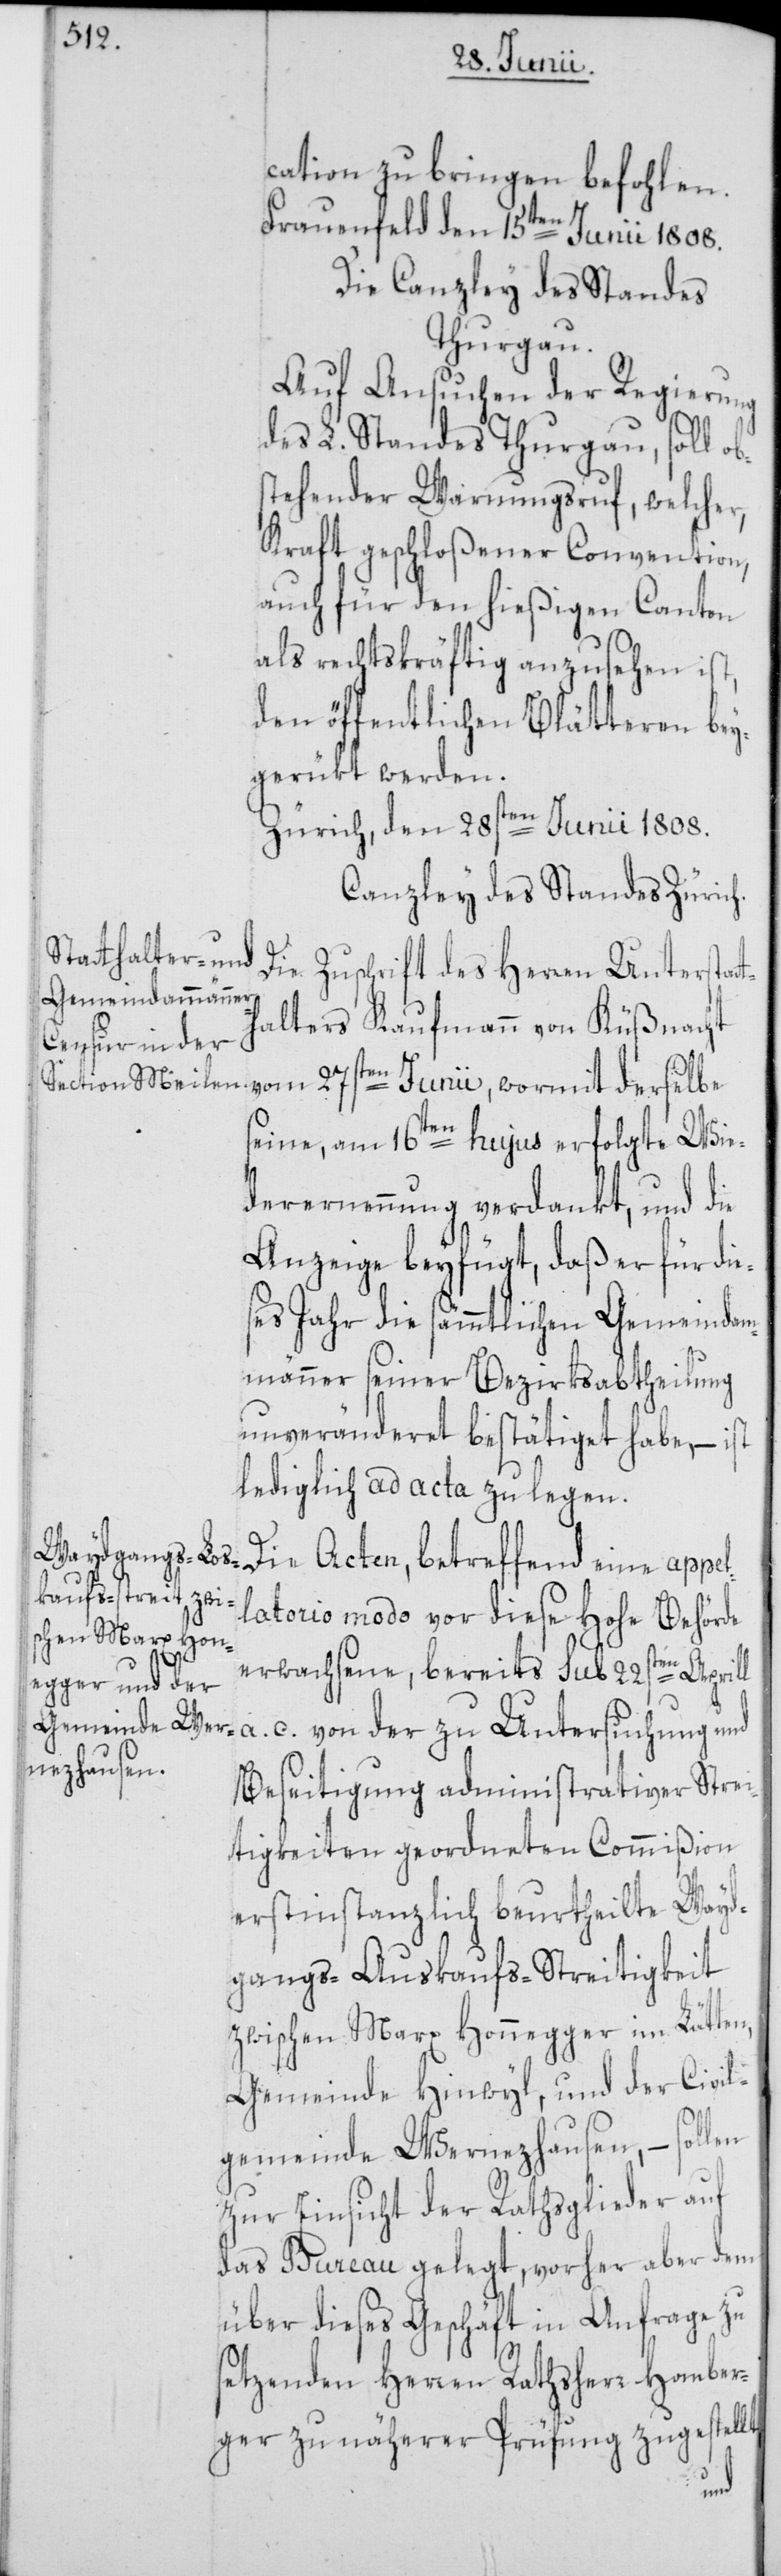
cation zu bringen befohlen.
Frauenfeld den 15ten Junii 1808.
Die Canzley des Standes
Thurgau.
Auf Ansuchen der Regierung
des L. Standes Thurgau, soll o¬
tehender Warnungsruf, welcher,
Kraft geschloßener Convention,
auch für den hießigen Canton
als rechtskräftig anzusehen ist,
den öffentlichen Blätteren bey¬
gerükt werden.
Zürich, den 28sten Junii 1808.
Canzley des Standes Zürich.
Die Zuschrift des Herren Unterstat¬
halters Kaufmann von Küßnacht
seine, am 16ten hujus erfolgte Wie¬
derernennung verdankt, und die
Anzeige beyfügt, daß er für die¬
ses Jahr die sämmtlichen Gemeindam¬
männer seiner Bezirksabtheilung
unveränderet bestätiget habe, – ist
lediglich ad acta zu legen.
Die Acten, betreffend eine appe¬
latorio modo vor diese Hohe Behörde
schen Marx Hon¬
erwachsene, bereits sub 22sten Aprill
Beseitigung administrativer Strei¬
tigkeiten geordneten Commißion
erstinstanzlich beurtheilte Wayd¬
gangs-Auskaufs-Streitigkeit
Gemeinde Hinwyl, und der Civil¬
gemeinde Wernezhausen, – soll¬
zur Einsicht der Rathsglieder auf
das Bureau gelegt, vorher aber dem
über dieses Geschäft in Anfrage zu
setzenden Herren Rathsherr Homber¬
ger zu näherer Prüfung zugestellt,
en